Problem: 10 + 48 = ?
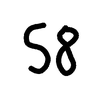
Handwritten answer: 58